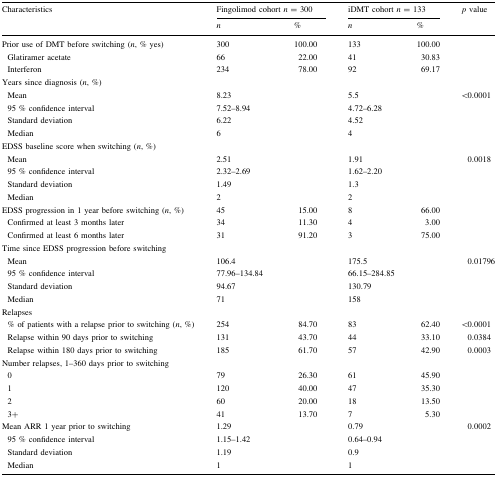
<table><thead><tr><td rowspan="2"><b>Characteristics</b></td><td colspan="2"><b>Fingolimod cohort <i>n</i> = 300</b></td><td colspan="2"><b>iDMT cohort <i>n</i> = 133</b></td><td rowspan="2"><b><i>p</i> value</b></td></tr><tr><td><b><i>n</i></b></td><td><b>%</b></td><td><b><i>n</i></b></td><td><b>%</b></td></tr></thead><tbody><tr><td>Prior use of DMT before switching (<i>n</i>, % yes)</td><td>300</td><td>100.00</td><td>133</td><td>100.00</td><td>[EMPTY_CELL]</td></tr><tr><td> Glatiramer acetate</td><td>66</td><td>22.00</td><td>41</td><td>30.83</td><td>[EMPTY_CELL]</td></tr><tr><td> Interferon</td><td>234</td><td>78.00</td><td>92</td><td>69.17</td><td>[EMPTY_CELL]</td></tr><tr><td colspan="6">Years since diagnosis (<i>n</i>, %)</td></tr><tr><td> Mean</td><td>8.23</td><td>[EMPTY_CELL]</td><td>5.5</td><td>[EMPTY_CELL]</td><td>&lt;0.0001</td></tr><tr><td> 95 % confidence interval</td><td>7.52–8.94</td><td>[EMPTY_CELL]</td><td>4.72–6.28</td><td>[EMPTY_CELL]</td><td>[EMPTY_CELL]</td></tr><tr><td> Standard deviation</td><td>6.22</td><td>[EMPTY_CELL]</td><td>4.52</td><td>[EMPTY_CELL]</td><td>[EMPTY_CELL]</td></tr><tr><td> Median</td><td>6</td><td>[EMPTY_CELL]</td><td>4</td><td>[EMPTY_CELL]</td><td>[EMPTY_CELL]</td></tr><tr><td colspan="6">EDSS baseline score when switching (<i>n</i>, %)</td></tr><tr><td> Mean</td><td>2.51</td><td>[EMPTY_CELL]</td><td>1.91</td><td>[EMPTY_CELL]</td><td>0.0018</td></tr><tr><td> 95 % confidence interval</td><td>2.32–2.69</td><td>[EMPTY_CELL]</td><td>1.62–2.20</td><td>[EMPTY_CELL]</td><td>[EMPTY_CELL]</td></tr><tr><td> Standard deviation</td><td>1.49</td><td>[EMPTY_CELL]</td><td>1.3</td><td>[EMPTY_CELL]</td><td>[EMPTY_CELL]</td></tr><tr><td> Median</td><td>2</td><td>[EMPTY_CELL]</td><td>2</td><td>[EMPTY_CELL]</td><td>[EMPTY_CELL]</td></tr><tr><td>EDSS progression in 1 year before switching (<i>n</i>, %)</td><td>45</td><td>15.00</td><td>8</td><td>66.00</td><td>[EMPTY_CELL]</td></tr><tr><td> Confirmed at least 3 months later</td><td>34</td><td>11.30</td><td>4</td><td>3.00</td><td>[EMPTY_CELL]</td></tr><tr><td> Confirmed at least 6 months later</td><td>31</td><td>91.20</td><td>3</td><td>75.00</td><td>[EMPTY_CELL]</td></tr><tr><td colspan="6">Time since EDSS progression before switching</td></tr><tr><td> Mean</td><td>106.4</td><td>[EMPTY_CELL]</td><td>175.5</td><td>[EMPTY_CELL]</td><td>0.01796</td></tr><tr><td> 95 % confidence interval</td><td>77.96–134.84</td><td>[EMPTY_CELL]</td><td>66.15–284.85</td><td>[EMPTY_CELL]</td><td>[EMPTY_CELL]</td></tr><tr><td> Standard deviation</td><td>94.67</td><td>[EMPTY_CELL]</td><td>130.79</td><td>[EMPTY_CELL]</td><td>[EMPTY_CELL]</td></tr><tr><td> Median</td><td>71</td><td>[EMPTY_CELL]</td><td>158</td><td>[EMPTY_CELL]</td><td>[EMPTY_CELL]</td></tr><tr><td colspan="6">Relapses</td></tr><tr><td> % of patients with a relapse prior to switching (<i>n</i>, %)</td><td>254</td><td>84.70</td><td>83</td><td>62.40</td><td>&lt;0.0001</td></tr><tr><td> Relapse within 90 days prior to switching</td><td>131</td><td>43.70</td><td>44</td><td>33.10</td><td>0.0384</td></tr><tr><td> Relapse within 180 days prior to switching</td><td>185</td><td>61.70</td><td>57</td><td>42.90</td><td>0.0003</td></tr><tr><td colspan="6">Number relapses, 1–360 days prior to switching</td></tr><tr><td> 0</td><td>79</td><td>26.30</td><td>61</td><td>45.90</td><td>[EMPTY_CELL]</td></tr><tr><td> 1</td><td>120</td><td>40.00</td><td>47</td><td>35.30</td><td>[EMPTY_CELL]</td></tr><tr><td> 2</td><td>60</td><td>20.00</td><td>18</td><td>13.50</td><td>[EMPTY_CELL]</td></tr><tr><td> 3+</td><td>41</td><td>13.70</td><td>7</td><td>5.30</td><td>[EMPTY_CELL]</td></tr><tr><td>Mean ARR 1 year prior to switching</td><td>1.29</td><td>[EMPTY_CELL]</td><td>0.79</td><td>[EMPTY_CELL]</td><td>0.0002</td></tr><tr><td> 95 % confidence interval</td><td>1.15–1.42</td><td>[EMPTY_CELL]</td><td>0.64–0.94</td><td>[EMPTY_CELL]</td><td>[EMPTY_CELL]</td></tr><tr><td> Standard deviation</td><td>1.19</td><td>[EMPTY_CELL]</td><td>0.9</td><td>[EMPTY_CELL]</td><td>[EMPTY_CELL]</td></tr><tr><td> Median</td><td>1</td><td>[EMPTY_CELL]</td><td>1</td><td>[EMPTY_CELL]</td><td>[EMPTY_CELL]</td></tr></tbody></table>